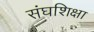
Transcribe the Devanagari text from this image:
संघशिक्षा